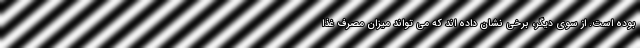
بوده است. از سوی دیگر، برخی نشان داده اند که می تواند میزان مصرف غذا